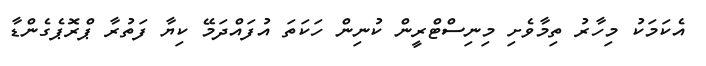
އެކަމަކު މިހާރު ތިމާވެށި މިނިސްޓްރީން ކުނިން ހަކަތަ އުފައްދަމޭ ކިޔާ ފަތުރާ ޕްރޮޕެގެންޑާ